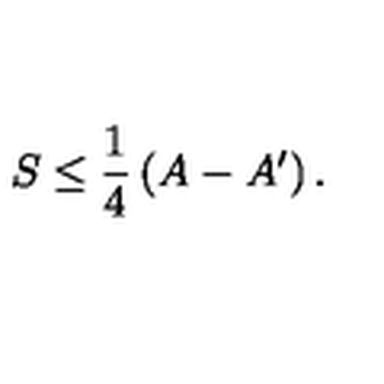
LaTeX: S \leq \frac { 1 } { 4 } \left( A - A ^ { \prime } \right) .